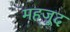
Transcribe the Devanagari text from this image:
महजूद